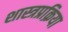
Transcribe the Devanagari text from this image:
शास्त्रप्रक्रिया